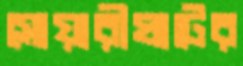
সোয়ারীঘাটের